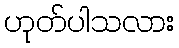
ဟုတ်ပါသလား